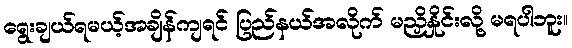
ရွေးချယ်ရမယ့်အချိန်ကျရင် ပြည်နယ်အလိုက် မညှိနှိုင်းလို့ မရပါဘူး။